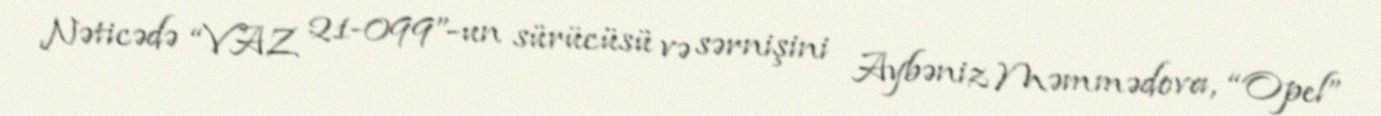
Nəticədə “VAZ 21-099”-un sürücüsü və sərnişini Aybəniz Məmmədova, “Opel”